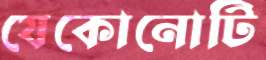
যেকোনোটি